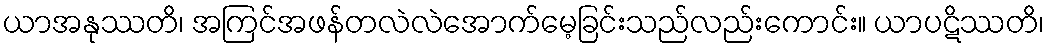
ယာအနုဿတိ၊ အကြင်အဖန်တလဲလဲအောက်မေ့ခြင်းသည်လည်းကောင်း။ ယာပဋိဿတိ၊